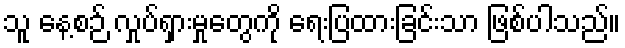
သူ နေ့စဉ် လှုပ်ရှားမှုတွေကို ရေးပြထားခြင်းသာ ဖြစ်ပါသည်။